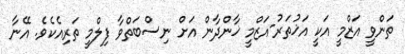
ތަންވީ އަޒްމީ އަކީ އަޚުތަރު-އަޒްމީ ޚާންދާން އަށް ނިސްބަތްވާ ފިލްމީ ތަރިއެކެވެ. އޭނާ